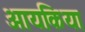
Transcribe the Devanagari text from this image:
आयकिया